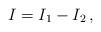
LaTeX: \begin{align*}I=I_1-I_2\,,\end{align*}